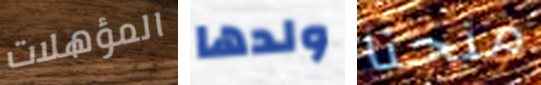
المؤهلات ولدها منحنا